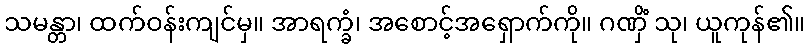
သမန္တာ၊ ထက်ဝန်းကျင်မှ။ အာရက္ခံ၊ အစောင့်အရှောက်ကို။ ဂဏှိံ သု၊ ယူကုန်၏။